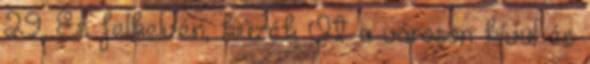
29. És felkelvén, kiűzék Őt a városon kívül és